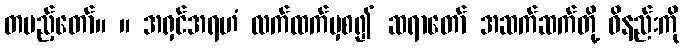
တပည့်တော်။ ။ အရှင်အရဟံ လက်ထက်မှစ၍ ဆရာတော် အဆက်ဆက်တို့ ဝိနည်းကို